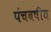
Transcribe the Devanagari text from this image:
पंचवषीय